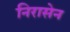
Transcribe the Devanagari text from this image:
निरासेन